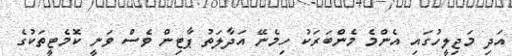
އަދި މަޖިލީހުގައި އެންމެ މެންބަރަކު ހިމެނޭ އަދާލަތު ޕާޓިން ވެސް ވަނީ ކޮމެޓީތަކުގެ